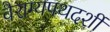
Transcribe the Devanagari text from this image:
वैराग्यपथदर्शी